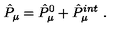
\hat { P } _ { \mu } = \hat { P } _ { \mu } ^ { 0 } + \hat { P } _ { \mu } ^ { i n t } \ .